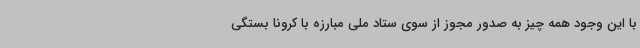
با این وجود همه چیز به صدور مجوز از سوی ستاد ملی مبارزه با کرونا بستگی